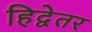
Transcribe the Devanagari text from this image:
हिद्वेतर